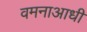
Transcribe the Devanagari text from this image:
वमनाआधी